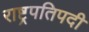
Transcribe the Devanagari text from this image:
राष्ट्रपतिपदी